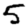
Digit: 5